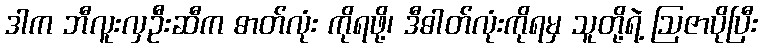
ဒါက ဘီလူးလှဦးဆီက ဓာတ်လုံး ကိုရဖို့၊ ဒီဓါတ်လုံးကိုရမှ သူတို့ရဲ့ ဩဇာပိုပြီး